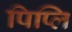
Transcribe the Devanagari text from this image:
पिप्लि